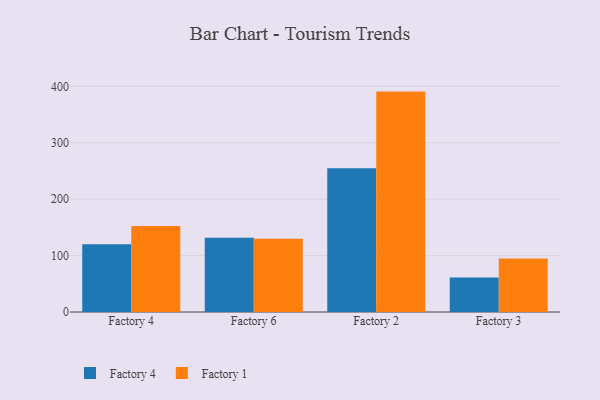
{"axis": {"x": "Factory", "y": "Satisfaction Score"}, "legend": ["Factory 1", "Factory 4"], "data": [{"x": "Factory 4", "y": 120.0, "type": "Factory 4"}, {"x": "Factory 4", "y": 152.2, "type": "Factory 1"}, {"x": "Factory 6", "y": 131.8, "type": "Factory 4"}, {"x": "Factory 6", "y": 129.9, "type": "Factory 1"}, {"x": "Factory 2", "y": 254.7, "type": "Factory 4"}, {"x": "Factory 2", "y": 390.6, "type": "Factory 1"}, {"x": "Factory 3", "y": 61.1, "type": "Factory 4"}, {"x": "Factory 3", "y": 94.8, "type": "Factory 1"}]}